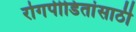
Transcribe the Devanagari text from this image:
रोगपीडितांसाठी